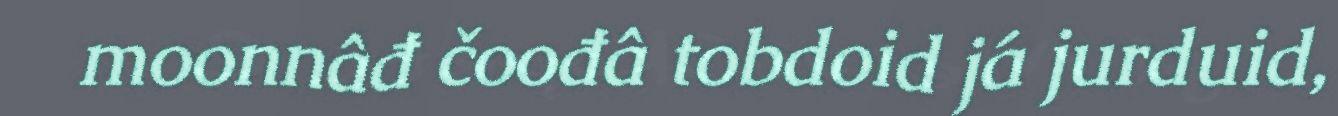
moonnâđ čoođâ tobdoid já jurduid,